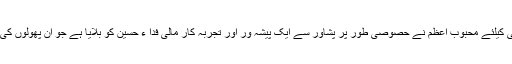
اس باغ کی رکھوالی کیلئے محبوب اعظم نے حصوصی طور پر پشاور سے ایک پیشہ ور اور تجربہ کار مالی فدا ء حسین کو بلایا ہے جو ان پھولوں کی دیکھ بال کرتا ہے۔